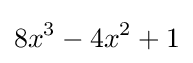
8x^{3}-4x^{2}+1